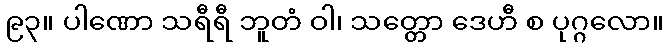
၉၃။ ပါဏော သရီရီ ဘူတံ ဝါ၊ သတ္တော ဒေဟီ စ ပုဂ္ဂလော။